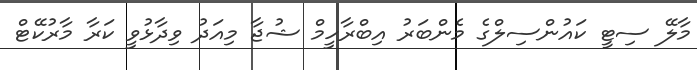
މާލޭ ސިޓީ ކައުންސިލްގެ މެންބަރު އިބްރާހީމް ޝުޖާ މިއަދު ވިދާޅުވީ ކަރާ މާރުކޭޓް